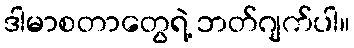
ဒါမာစတာတွေရဲ့ ဘတ်ဂျက်ပါ။